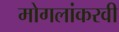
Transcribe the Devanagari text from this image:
मोगलांकरवी